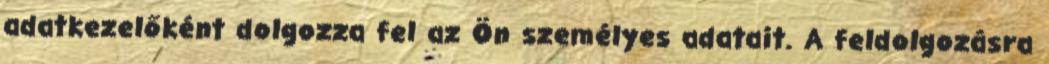
adatkezelőként dolgozza fel az Ön személyes adatait. A feldolgozásra